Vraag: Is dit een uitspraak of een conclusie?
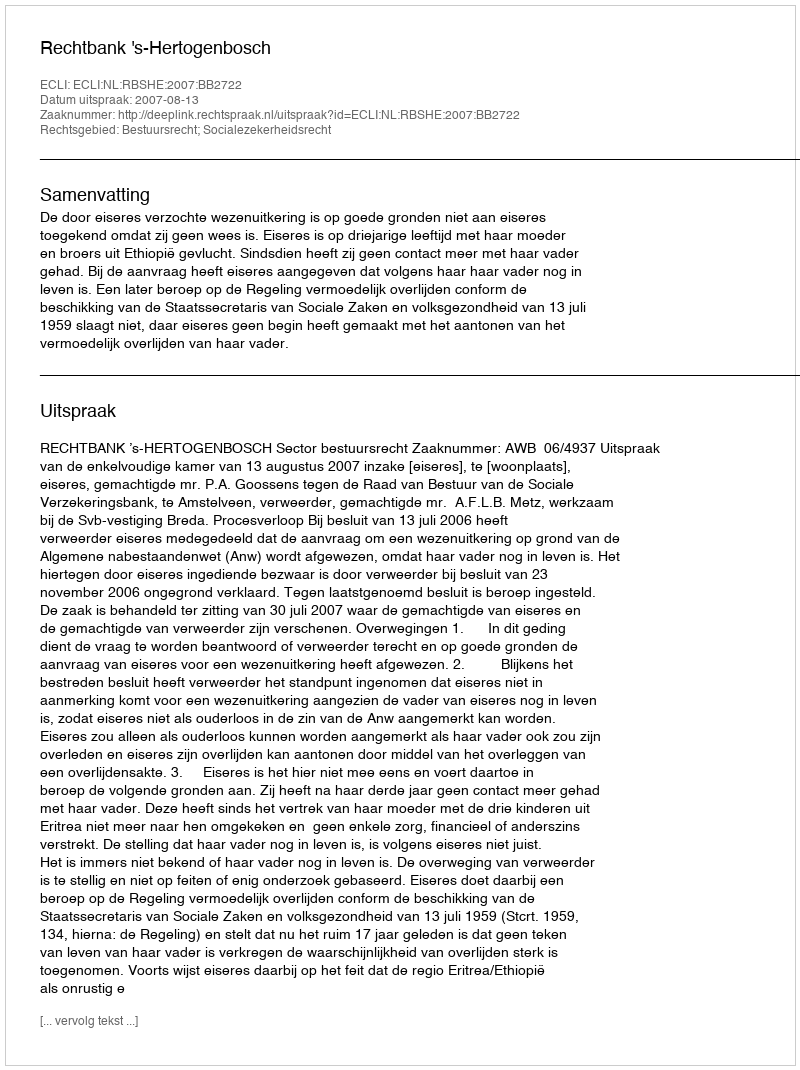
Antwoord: Uitspraak